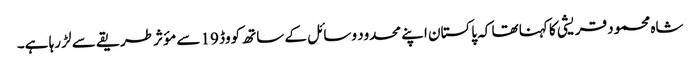
شاہ محمود قریشی کا کہنا تھا کہ پاکستان اپنے محدود وسائل کے ساتھ کووڈ 19 سے مؤثر طریقے سے لڑ رہا ہے۔